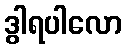
ဒွါရပါလော